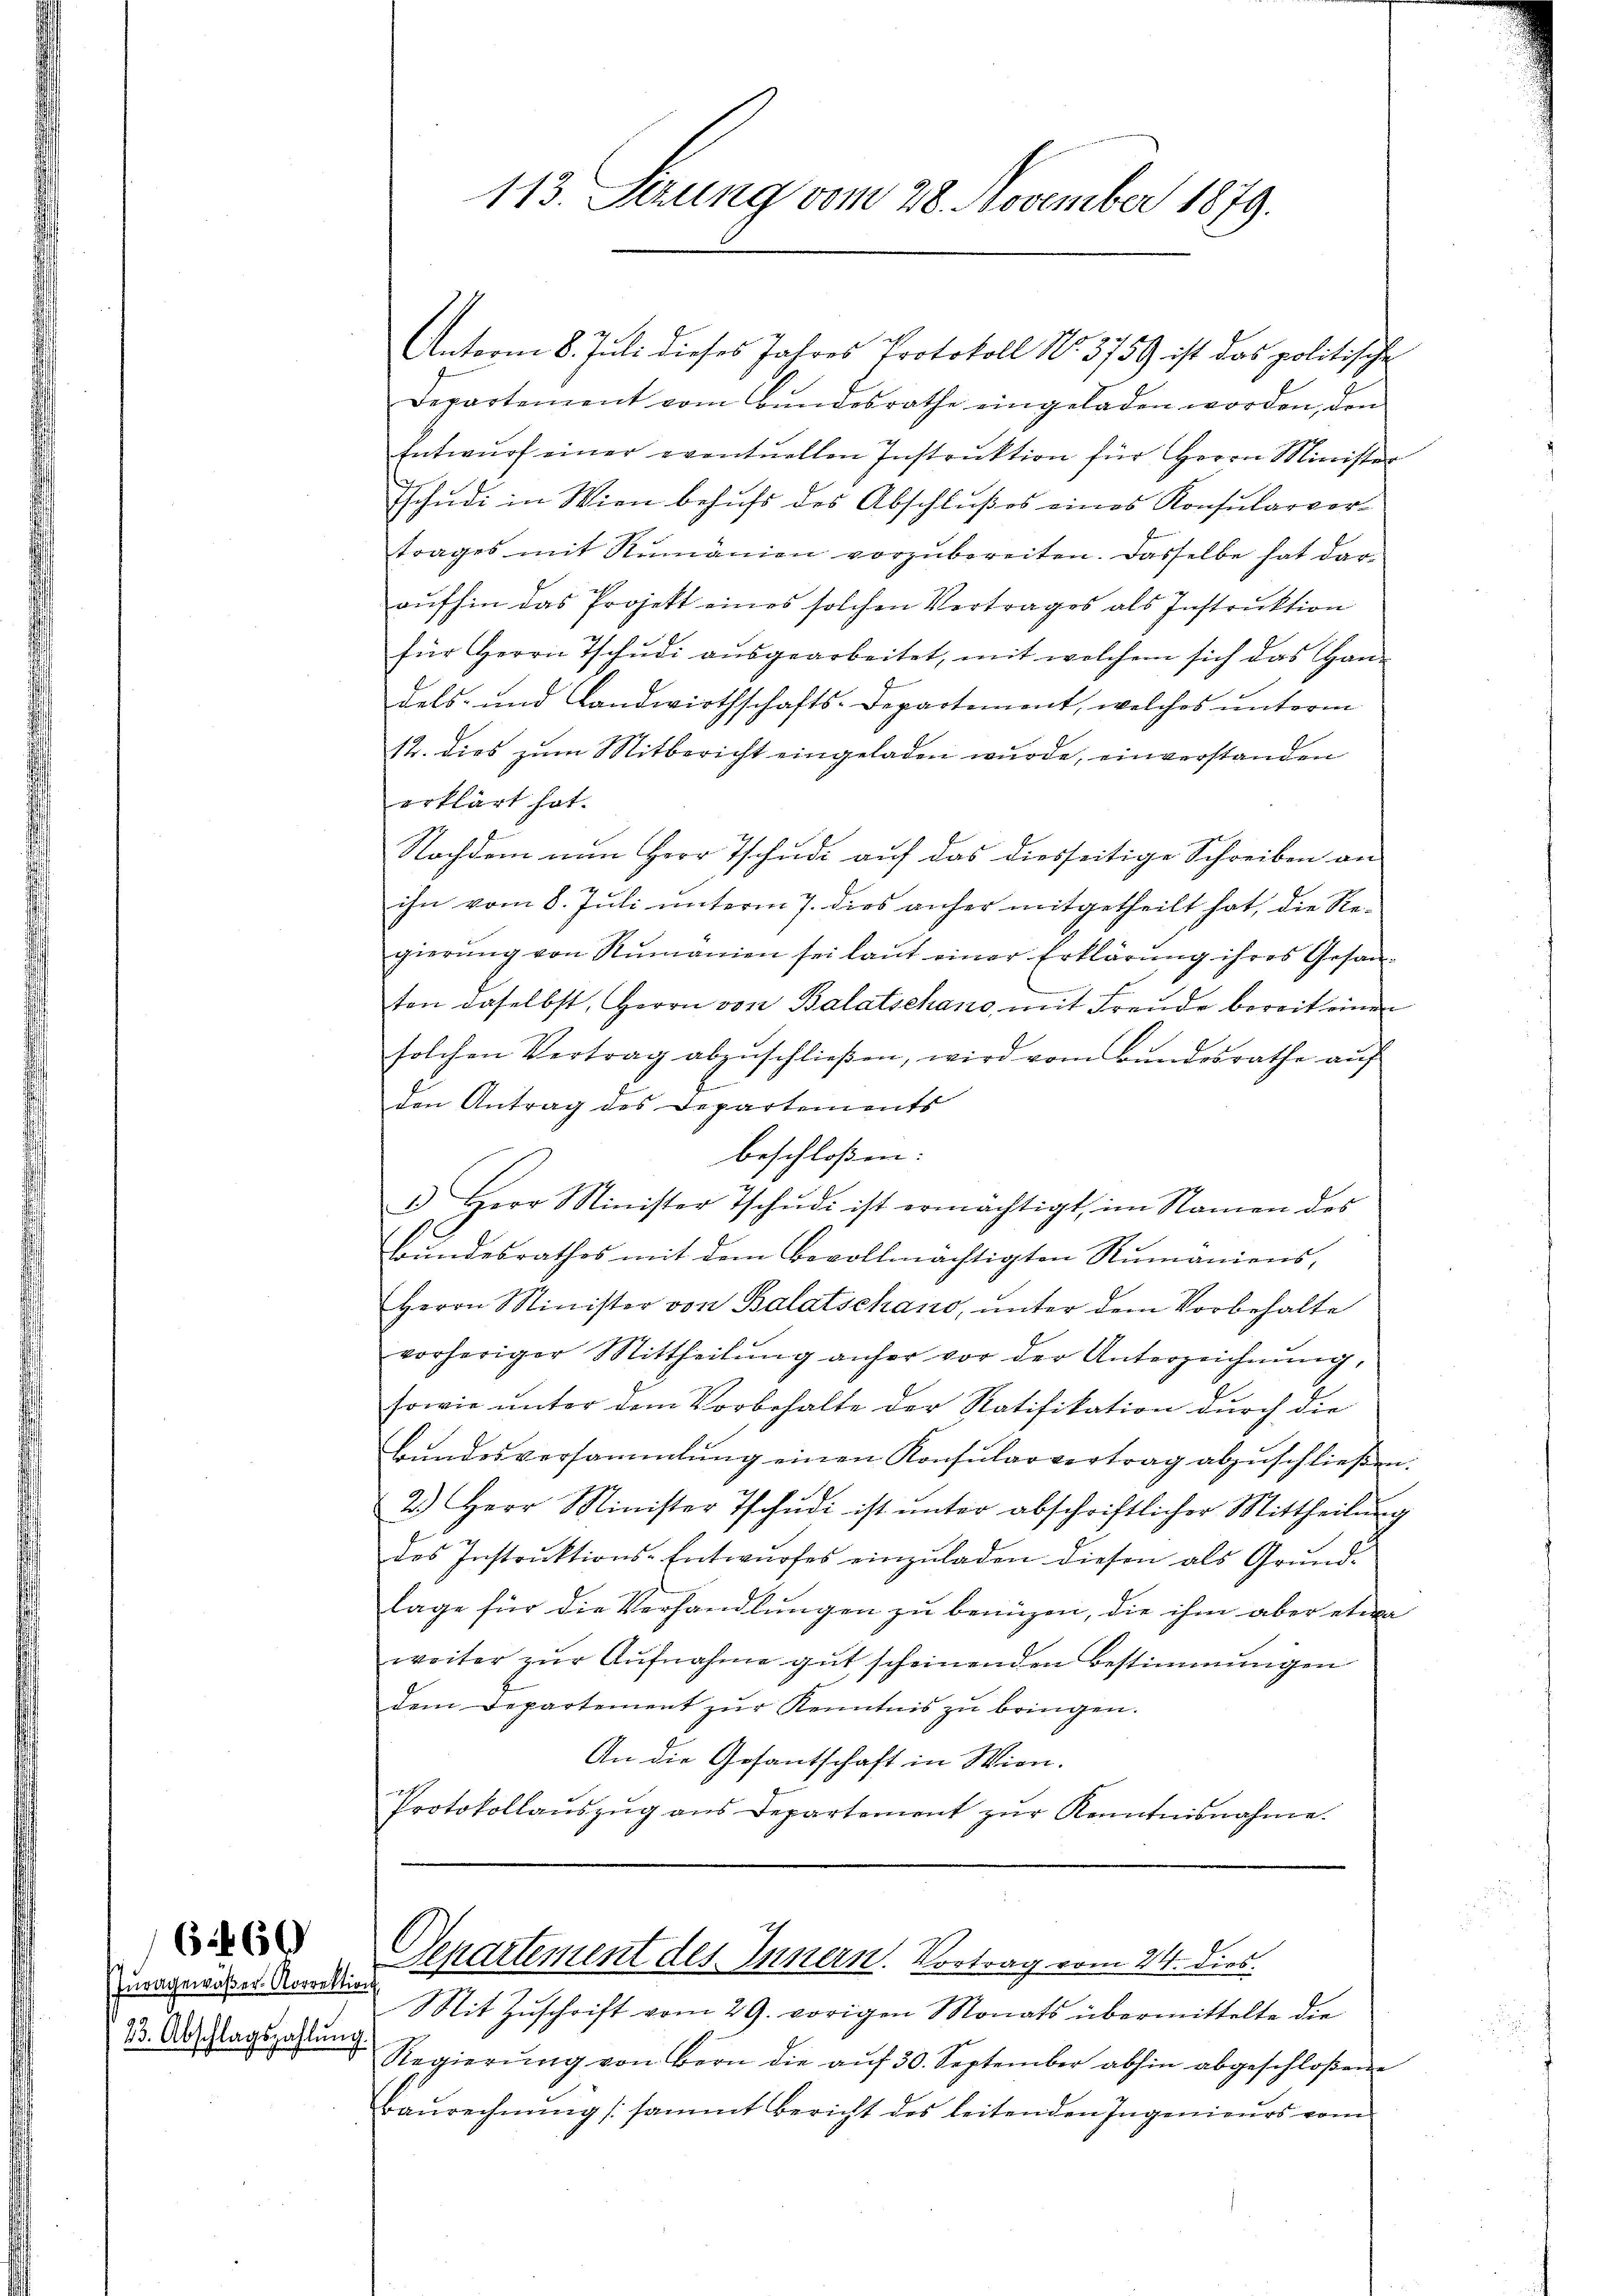
Juragewäßer-Korrektion
23. Abschlagszahlung

6460

113. Sezung vom 28. November 1879.

Unterm 8. Juli dieses Jahres Protokoll No. 3759 ist das politische
Departement vom Bŭndesrathe eingeladen worden, den
Entwŭrf einer eventuellen Instruktion für Herrn Minister
Tschudi in Wien behŭfs des Abschlußes eines Konsularver-
trages mit Rumänien vorzubereiten. Dasselbe hat daraufhin das Projekt eines solchen Vertrages als Instruktion
für Herrn Tschudi ausgearbeitet, mit welchem sich das Handels- und Landwirthschafts-Departement, welches unterm
12. dies zum Mitbericht eingeladen wurde, einverstanden
erklärt hat.
Nachdem von Herr Tschudi auf das diesseitige Schreiben an
ihn vom 8. Juli unterm 7. dies anher mitgetheilt hat, die Regierŭng von Rŭmanien sei laŭt einer Erklärŭng ihres Gesan-
ten daselbst, Herrn von Balatschano, mit Freude bereit einen
solchen Vertrag abzuschlieβen, wird vom Bŭndesrathe aŭf
den Antrag des Departements
beschloßen:
1 Herr Minister Tschŭdi ist ermächtigt, im Namen des
Bŭndesrathes mit dem bevollmächtigten Rŭmaniens,
Herrn Minister von Balatschano, unter dem Vorbehalte
vorheriger Mittheilŭng anher vor der Unterzeichnŭng,
sowie unter dem Vorbehalte der Ratifikation durch die
Bundesversammlung einen Konsularvertrag abzuschließen.
2.) Herr Minister Tschŭdi ist ŭnter abschriftlicher Mittheilŭng
des Instrŭktions-Entwŭrfes einzŭladen diesen als Grŭnd-
lage für die Verhandlungen zu benüzen, die ihm aber etwa
weiter zŭr Aŭfnahme gut scheinenden Bestimmungen
dem Departement zŭr Kenntnis zu bringen.
An die Gesantschaft in Wien.
Protokollaŭszŭg ans Departement zŭr Kenntnisnahme.

Senartement des Innern. Vortrag vom 24. dies.

Mit Zuschrift vom 29. vorigen Monats übermittelte die
Regierŭng von Bern die aŭf 30. September abhin abgeschloßene
Baurechnung (sammt Bericht des leitenden Ingenieurs vom